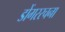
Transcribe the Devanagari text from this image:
डोंगररचना